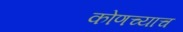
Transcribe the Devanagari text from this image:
कोणच्याच